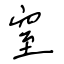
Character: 窒